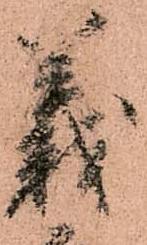
義